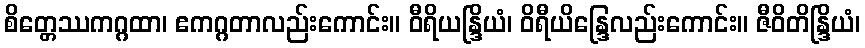
စိတ္တေဿကဂ္ဂထာ၊ ဧကဂ္ဂတာလည်းကောင်း။ ဝီရိယန္ဒြိယံ၊ ဝိရီယိန္ဒြေလည်းကောင်း။ ဇီဝိတိန္ဒြိယံ၊